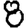
Digit: 8